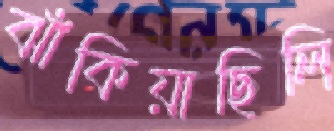
ঝাঁকিয়াছিলি